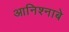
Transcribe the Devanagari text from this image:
आनिश्नाबे